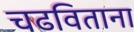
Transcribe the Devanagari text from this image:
चढविताना